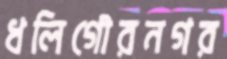
ধলিগৌরনগর